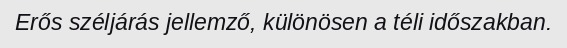
Erős széljárás jellemző, különösen a téli időszakban.